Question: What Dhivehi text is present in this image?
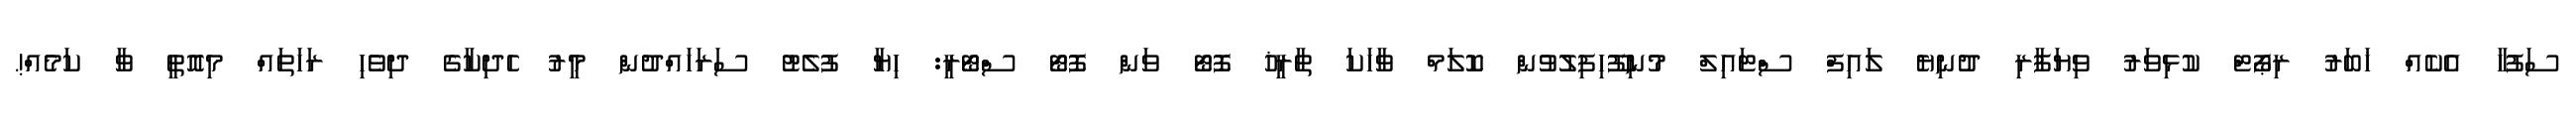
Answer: ސަފުހާ އެކެއް ޚަބަރު ރިޕޯޓް ކުޅިވަރު ވިޔަފާރި ދުނިޔެ ލައިފް ސްޓައިލް މުނިފޫހިފިލުވުން ކޮލަމް ވާހަކަ ތާރީޚު ފޮޓޯ ވަން ފޮޓޯ ސްޓޯރީ: ހިޔާ ފުލެޓު ސަރަހައްދުން މީރު ހެދިކާގެ ދިވެހި ރަހަތައް މިއޮތީ ވާ ކަމެއް!.